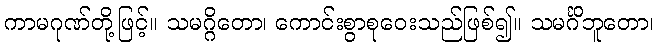
ကာမဂုဏ်တို့ဖြင့်။ သမဂ္ဂိတော၊ ကောင်းစွာစုဝေးသည်ဖြစ်၍။ သမင်္ဂိဘူတော၊